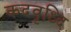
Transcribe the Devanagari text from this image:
कदवृध्दि